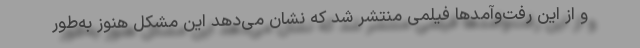
و از این رفت‌وآمدها فیلمی منتشر شد که نشان می‌دهد این مشکل هنوز به‌طور